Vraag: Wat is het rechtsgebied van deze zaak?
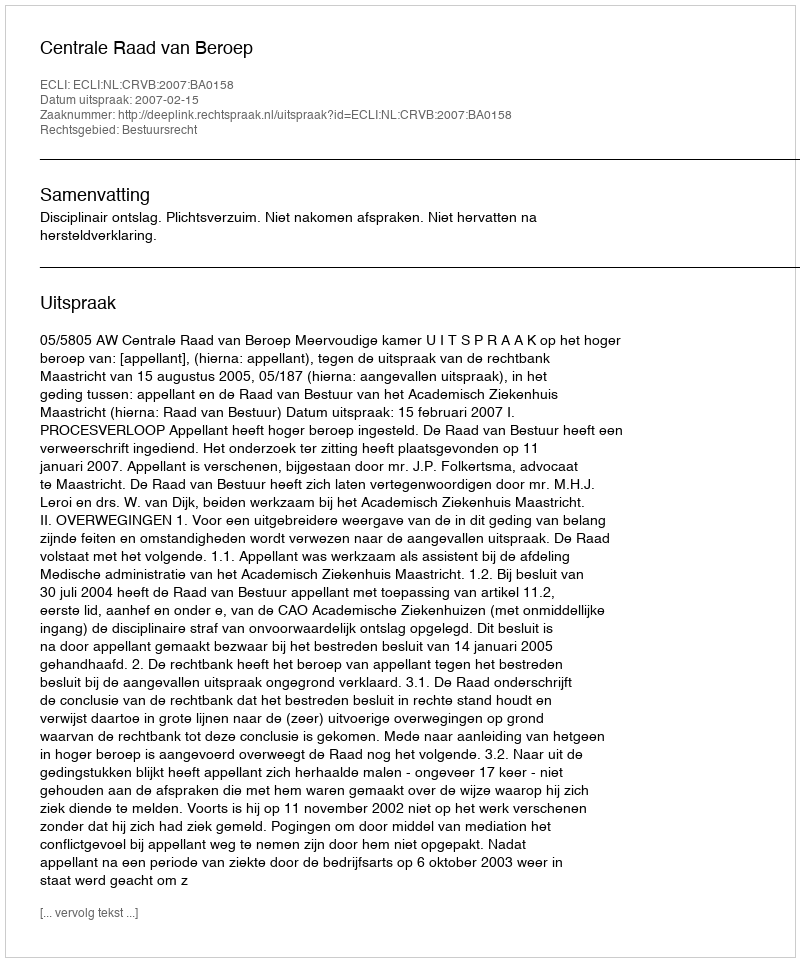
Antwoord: Bestuursrecht